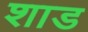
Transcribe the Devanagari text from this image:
शाड